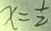
x = \frac { 1 } { 2 }